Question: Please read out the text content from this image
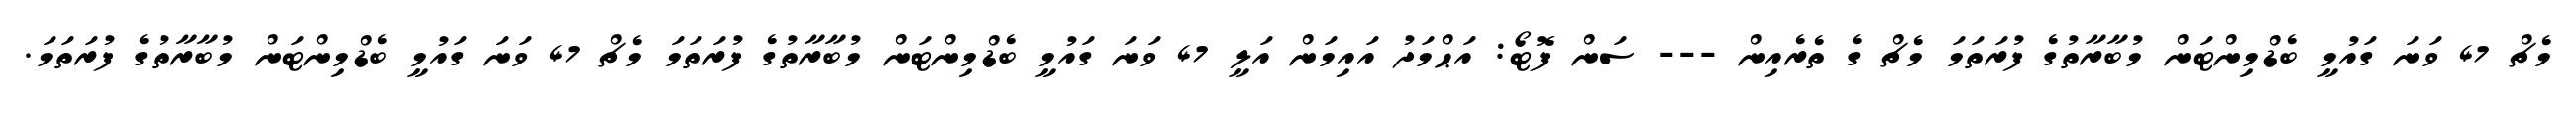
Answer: މެޗް 47 ވަނަ ގައުމީ ބެޑްމިންޓަން މުބާރާތުގެ ފުރަތަމަ މެޗް ގެ ތެރެއިން --- ސަން ފޮޓޯ: އަޙްމަދު އައިމަން އަލީ 47 ވަނަ ގައުމީ ބެޑްމިންޓަން މުބާރާތުގެ ފުރަތަމަ މެޗް 47 ވަނަ ގައުމީ ބެޑްމިންޓަން މުބާރާތުގެ ފުރަތަމަ.